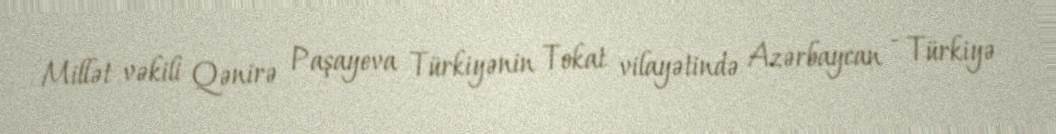
Millət vəkili Qənirə Paşayeva Türkiyənin Tokat vilayətində Azərbaycan - Türkiyə